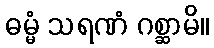
ဓမ္မံ သရဏံ ဂစ္ဆာမိ။